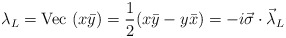
\begin{align*}\lambda_{L}= {\rm Vec}~(x \bar{y}) = \frac{1}{2}(x \bar{y}-y \bar{x}) = -i\vec{\sigma}\cdot\vec{\lambda}_{L}\end{align*}